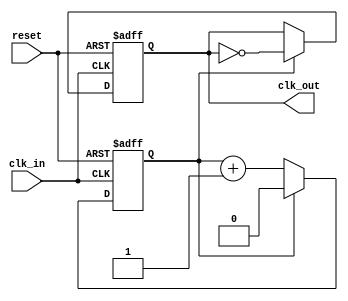
module clock_divider #(
    parameter DIV_FACTOR = 2  // Division factor, must be greater than 0
) (
    input wire clk_in,         // Input clock signal
    input wire reset,          // Asynchronous active-high reset signal
    output reg clk_out         // Divided clock output signal
);

    // Internal counter
    reg [$clog2(DIV_FACTOR)-1:0] counter; // Counter size based on DIV_FACTOR

    // Behavioral process
    always @(posedge clk_in or posedge reset) begin
        if (reset) begin
            // Reset condition
            counter <= 0;
            clk_out <= 0; // Initial state of clk_out
        end else begin
            // Increment the counter
            if (counter == DIV_FACTOR - 1) begin
                // Toggle clk_out and reset counter
                clk_out <= ~clk_out;
                counter <= 0; // Reset counter
            end else begin
                // Increment the counter
                counter <= counter + 1;
            end
        end
    end

endmodule